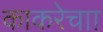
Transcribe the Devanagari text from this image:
काकरेचाा